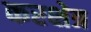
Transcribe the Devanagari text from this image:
करक्षेत्र